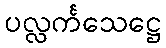
ပလ္လင်္ကသေဋ္ဌေ